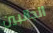
الجانبين